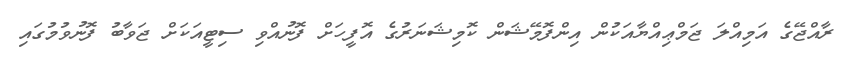
ރާއްޖޭގެ އަމިއްލަ ޖަމްޢިއްޔާއަކުން އިންފޮމޭޝަން ކޮމިޝަނަރުގެ އޮފީހަށް ފޮނުއްވި ސިޓީއަކަށް ޖަވާބު ފޮނުވުމުގައި